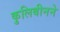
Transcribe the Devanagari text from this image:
कुलिबीनने